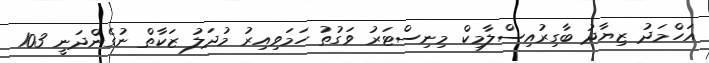
އަހްމަދު ޒިޔާދު ބާގިރުއިސްލާމިކް މިނިސްޓަރު ވަގުތު ހަމަވިއިރު މުދަލު ޒަކާތް ނުގެންދަނީ 103